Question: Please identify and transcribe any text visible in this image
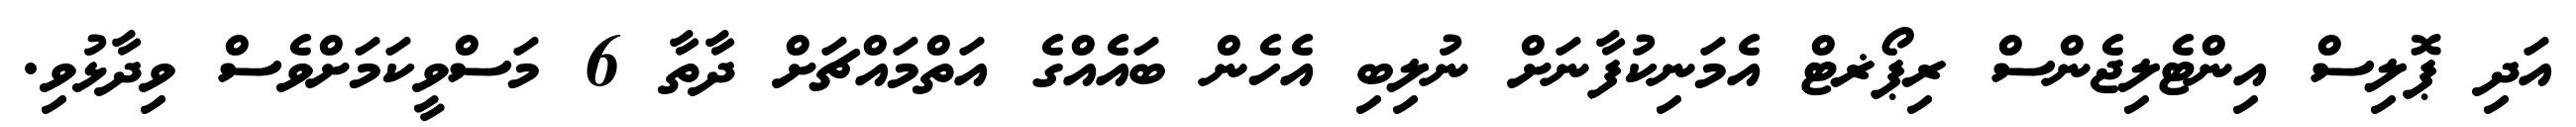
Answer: އަދި ޕޮލިސް އިންޓެލިޖެންސް ރިޕޯޜޓް އެމަނިކުފާނަށް ނުލިބި އެހެން ބައެއްގެ އަތްމައްޗަށް ދާތާ 6 މަސްވީކަމަށްވެސް ވިދާޅުވި.